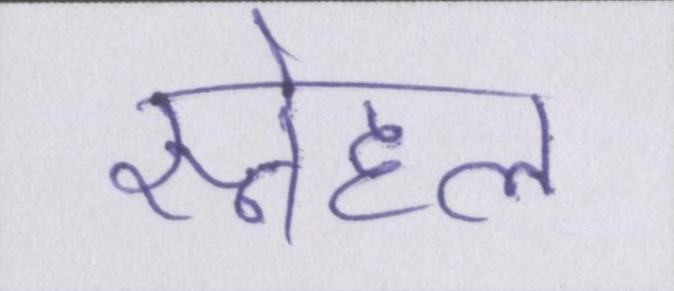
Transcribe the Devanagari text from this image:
स्नेहल